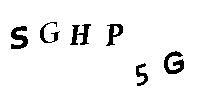
SGHP5G